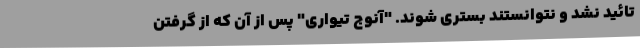
تائید نشد و نتوانستند بستری شوند. "آنوج تیواری" پس از آن که از گرفتن